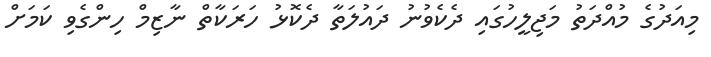
މިއަދުގެ މުއްދަތު މަޖިލީހުގައި ދެކެވުނު ދައުލަތާ ދެކޮޅު ހަރަކާތް ނާޒިމް ހިންގެވި ކަމަށް